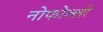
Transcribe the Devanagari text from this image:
नोफोल्लो